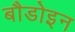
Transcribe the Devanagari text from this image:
बौडोइन